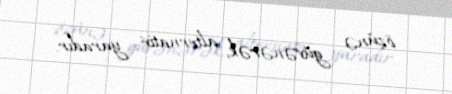
özünə güvənərək, alternativ yaradır.